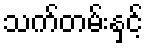
သက်တမ်းနှင့်